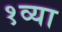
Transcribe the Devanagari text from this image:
१व्या